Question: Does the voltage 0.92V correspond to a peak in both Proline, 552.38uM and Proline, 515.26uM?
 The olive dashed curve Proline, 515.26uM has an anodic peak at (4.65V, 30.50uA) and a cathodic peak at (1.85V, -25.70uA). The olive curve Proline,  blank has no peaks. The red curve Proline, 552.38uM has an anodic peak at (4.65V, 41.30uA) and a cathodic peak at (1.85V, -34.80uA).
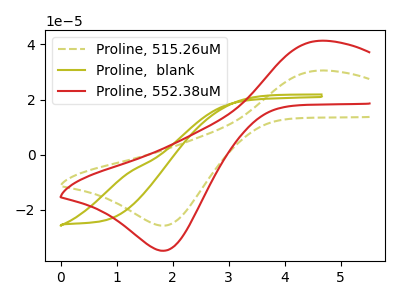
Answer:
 <answer>No, "Proline, 552.38uM" and "Proline, 515.26uM" dont share a peak at 0.92V.</answer>
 <eval>mismatch</eval>